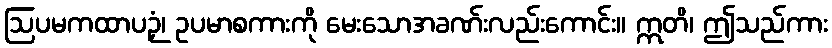
ဩပမကထာပဉှံ၊ ဥပမာစကားကို မေးသောအခဏ်းလည်းကောင်း။ ဣတိ၊ ဤသည်ကား